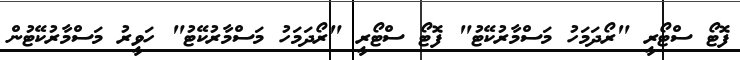
ފޮޓޯ ސްޓޯރީީ "ރޯދަމަހު މަސްމާރުކޭޓު" ފޮޓޯ ސްޓޯރީީ "ރޯދަމަހު މަސްމާރުކޭޓު" ހަވީރު މަސްމާރުކޭޓުން